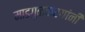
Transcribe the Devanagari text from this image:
माडगुळकरयांनी